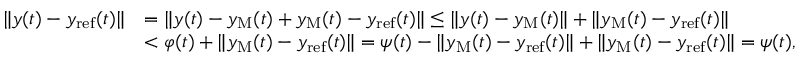
\begin{array} { r l } { \ \| y ( t ) - y _ { \mathrm { r e f } } ( t ) \| } & { = \| y ( t ) - y _ { \mathrm { M } } ( t ) + y _ { \mathrm { M } } ( t ) - y _ { \mathrm { r e f } } ( t ) \| \le \| y ( t ) - y _ { \mathrm { M } } ( t ) \| + \| y _ { \mathrm { M } } ( t ) - y _ { \mathrm { r e f } } ( t ) \| } \\ & { < \varphi ( t ) + \| y _ { \mathrm { M } } ( t ) - y _ { \mathrm { r e f } } ( t ) \| = \psi ( t ) - \| y _ { \mathrm { M } } ( t ) - y _ { \mathrm { r e f } } ( t ) \| + \| y _ { \mathrm { M } } ( t ) - y _ { \mathrm { r e f } } ( t ) \| = \psi ( t ) , } \end{array}